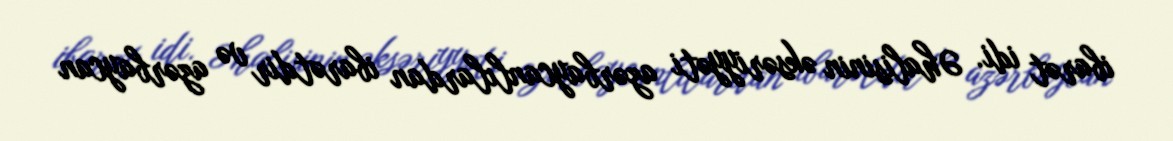
ibarət idi. Əhalisinin əksəriyyəti azərbaycanlılardan ibarətdir və azərbaycan